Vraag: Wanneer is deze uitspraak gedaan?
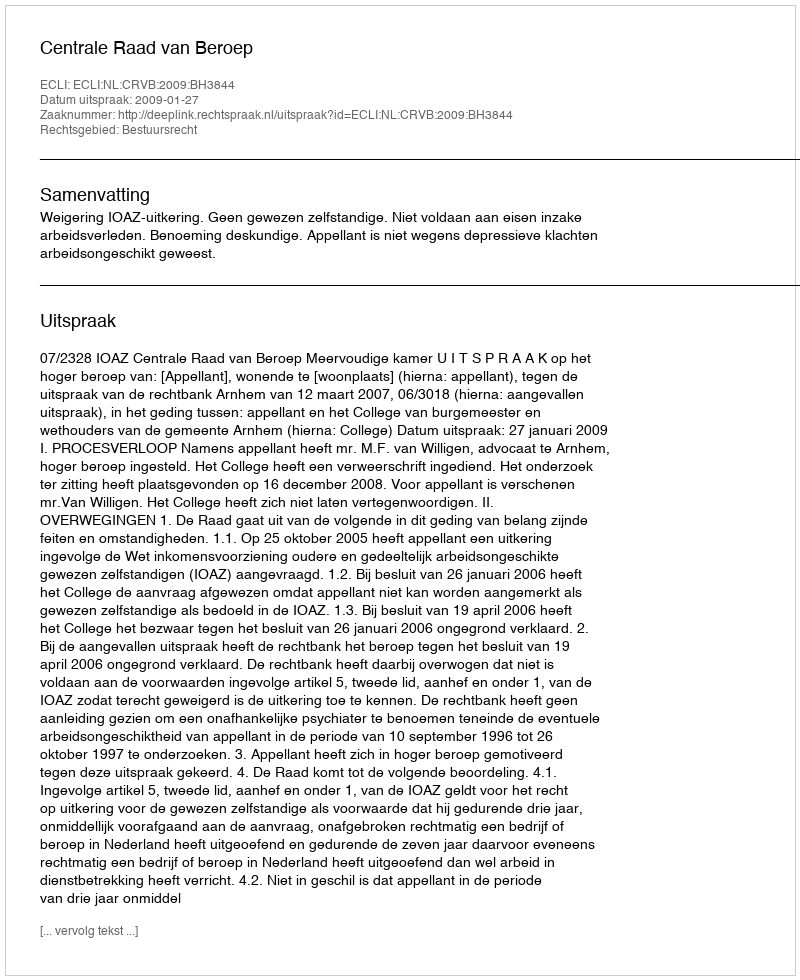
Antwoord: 2009-01-27